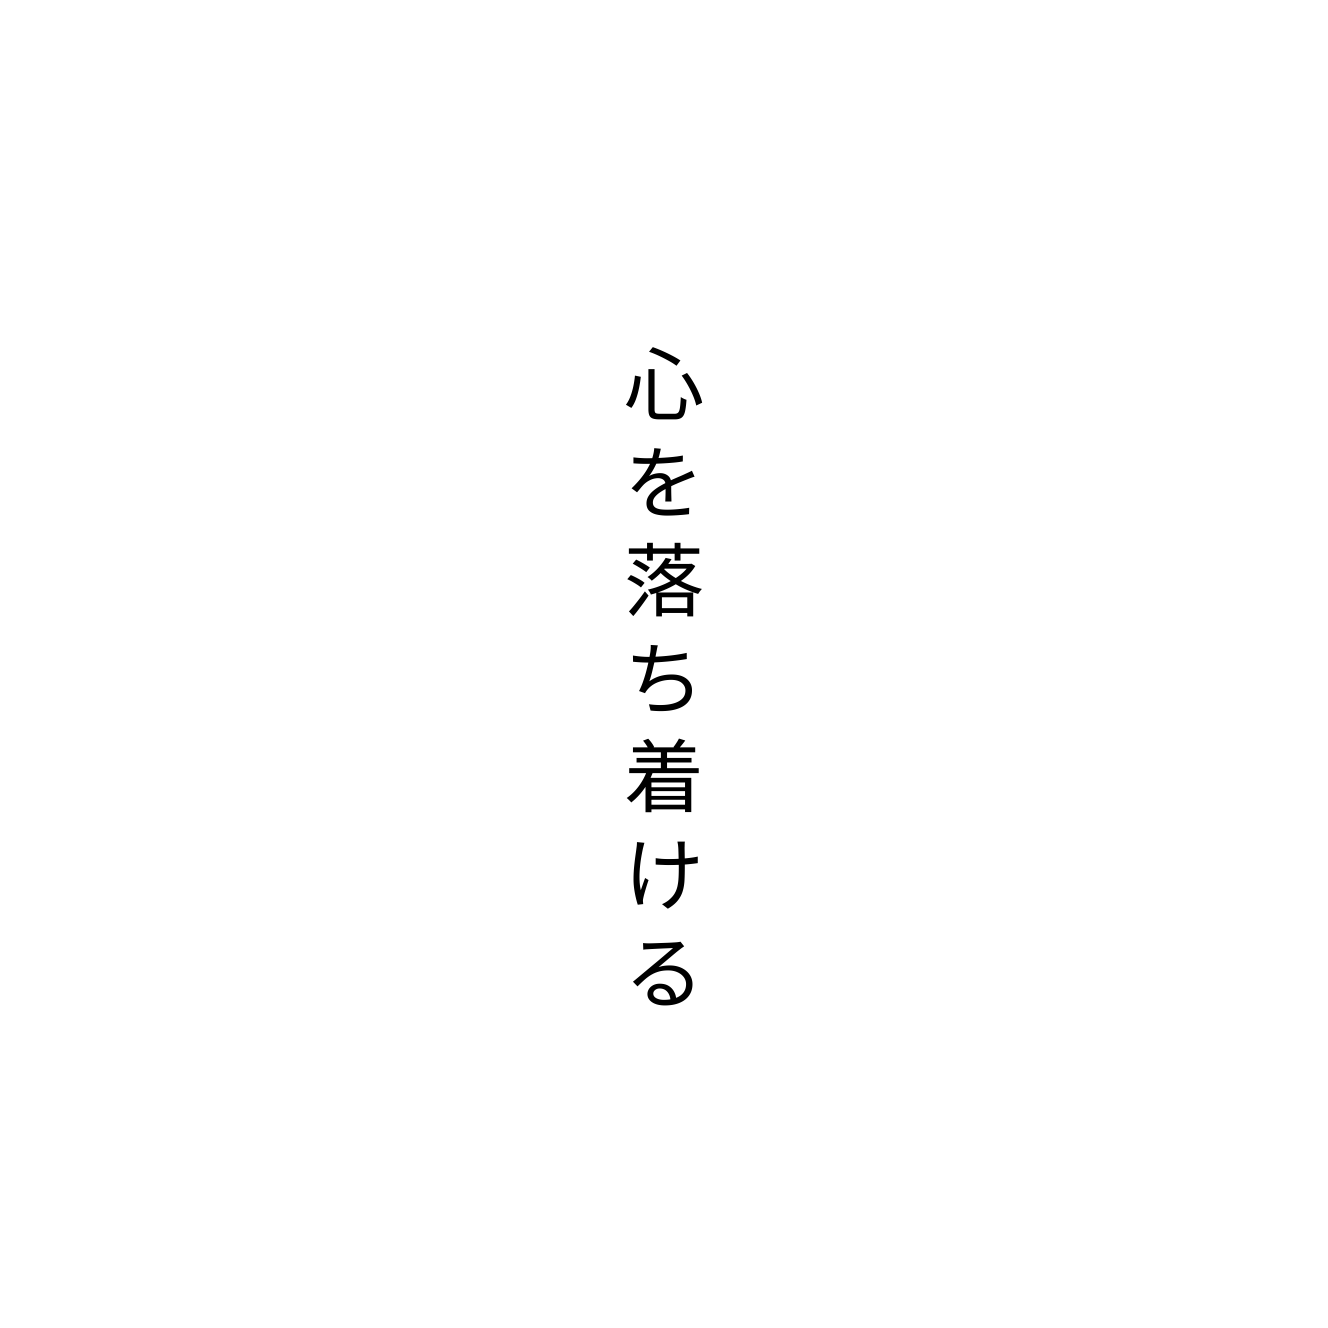
心を落ち着ける